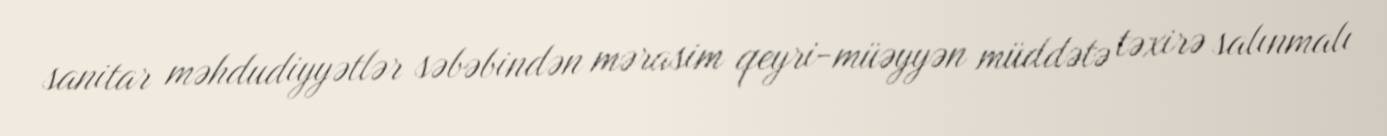
sanitar məhdudiyyətlər səbəbindən mərasim qeyri-müəyyən müddətə təxirə salınmalı